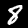
Label: 8